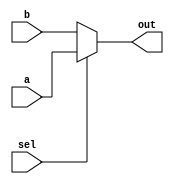
module mux2_1_conditional_data(out,a,b,sel);
 output out;
 input a,b,sel;
 assign out = sel?a:b;
endmodule